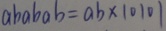
a b a b a b = a b \times 1 0 1 0 1